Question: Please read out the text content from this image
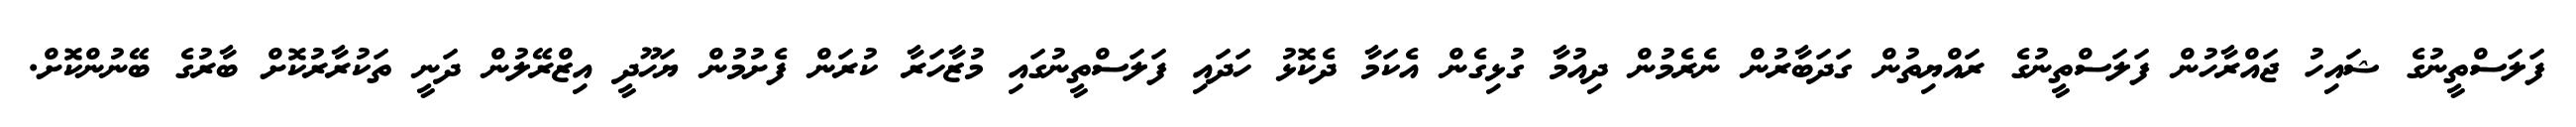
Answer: ފަލަސްތީނުގެ ޝައިހު ޖައްރާހުން ފަލަސްތީނުގެ ރައްޔިތުން ގަދަބާރުން ނެރެމުން ދިއުމާ ގުޅިގެން އެކަމާ ދެކޮޅު ހަދައި ފަލަސްތީނުގައި މުޒާހަރާ ކުރަން ފެށުމުން ޔަހޫދީ އިޒްރޭލުން ދަނީ ތަކުރާރުކޮށް ބާރުގެ ބޭނުންކޮށް.